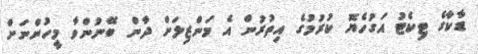
ޑާކާގެ ޓިކެޓު އަގުހެޔޮ ކުރުމުގެ އިތުރުން އެ މަންޒިލަށް ދާން ބޭނުންވާ މީހުންނަށް